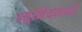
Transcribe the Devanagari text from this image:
म्युनिचमध्ये